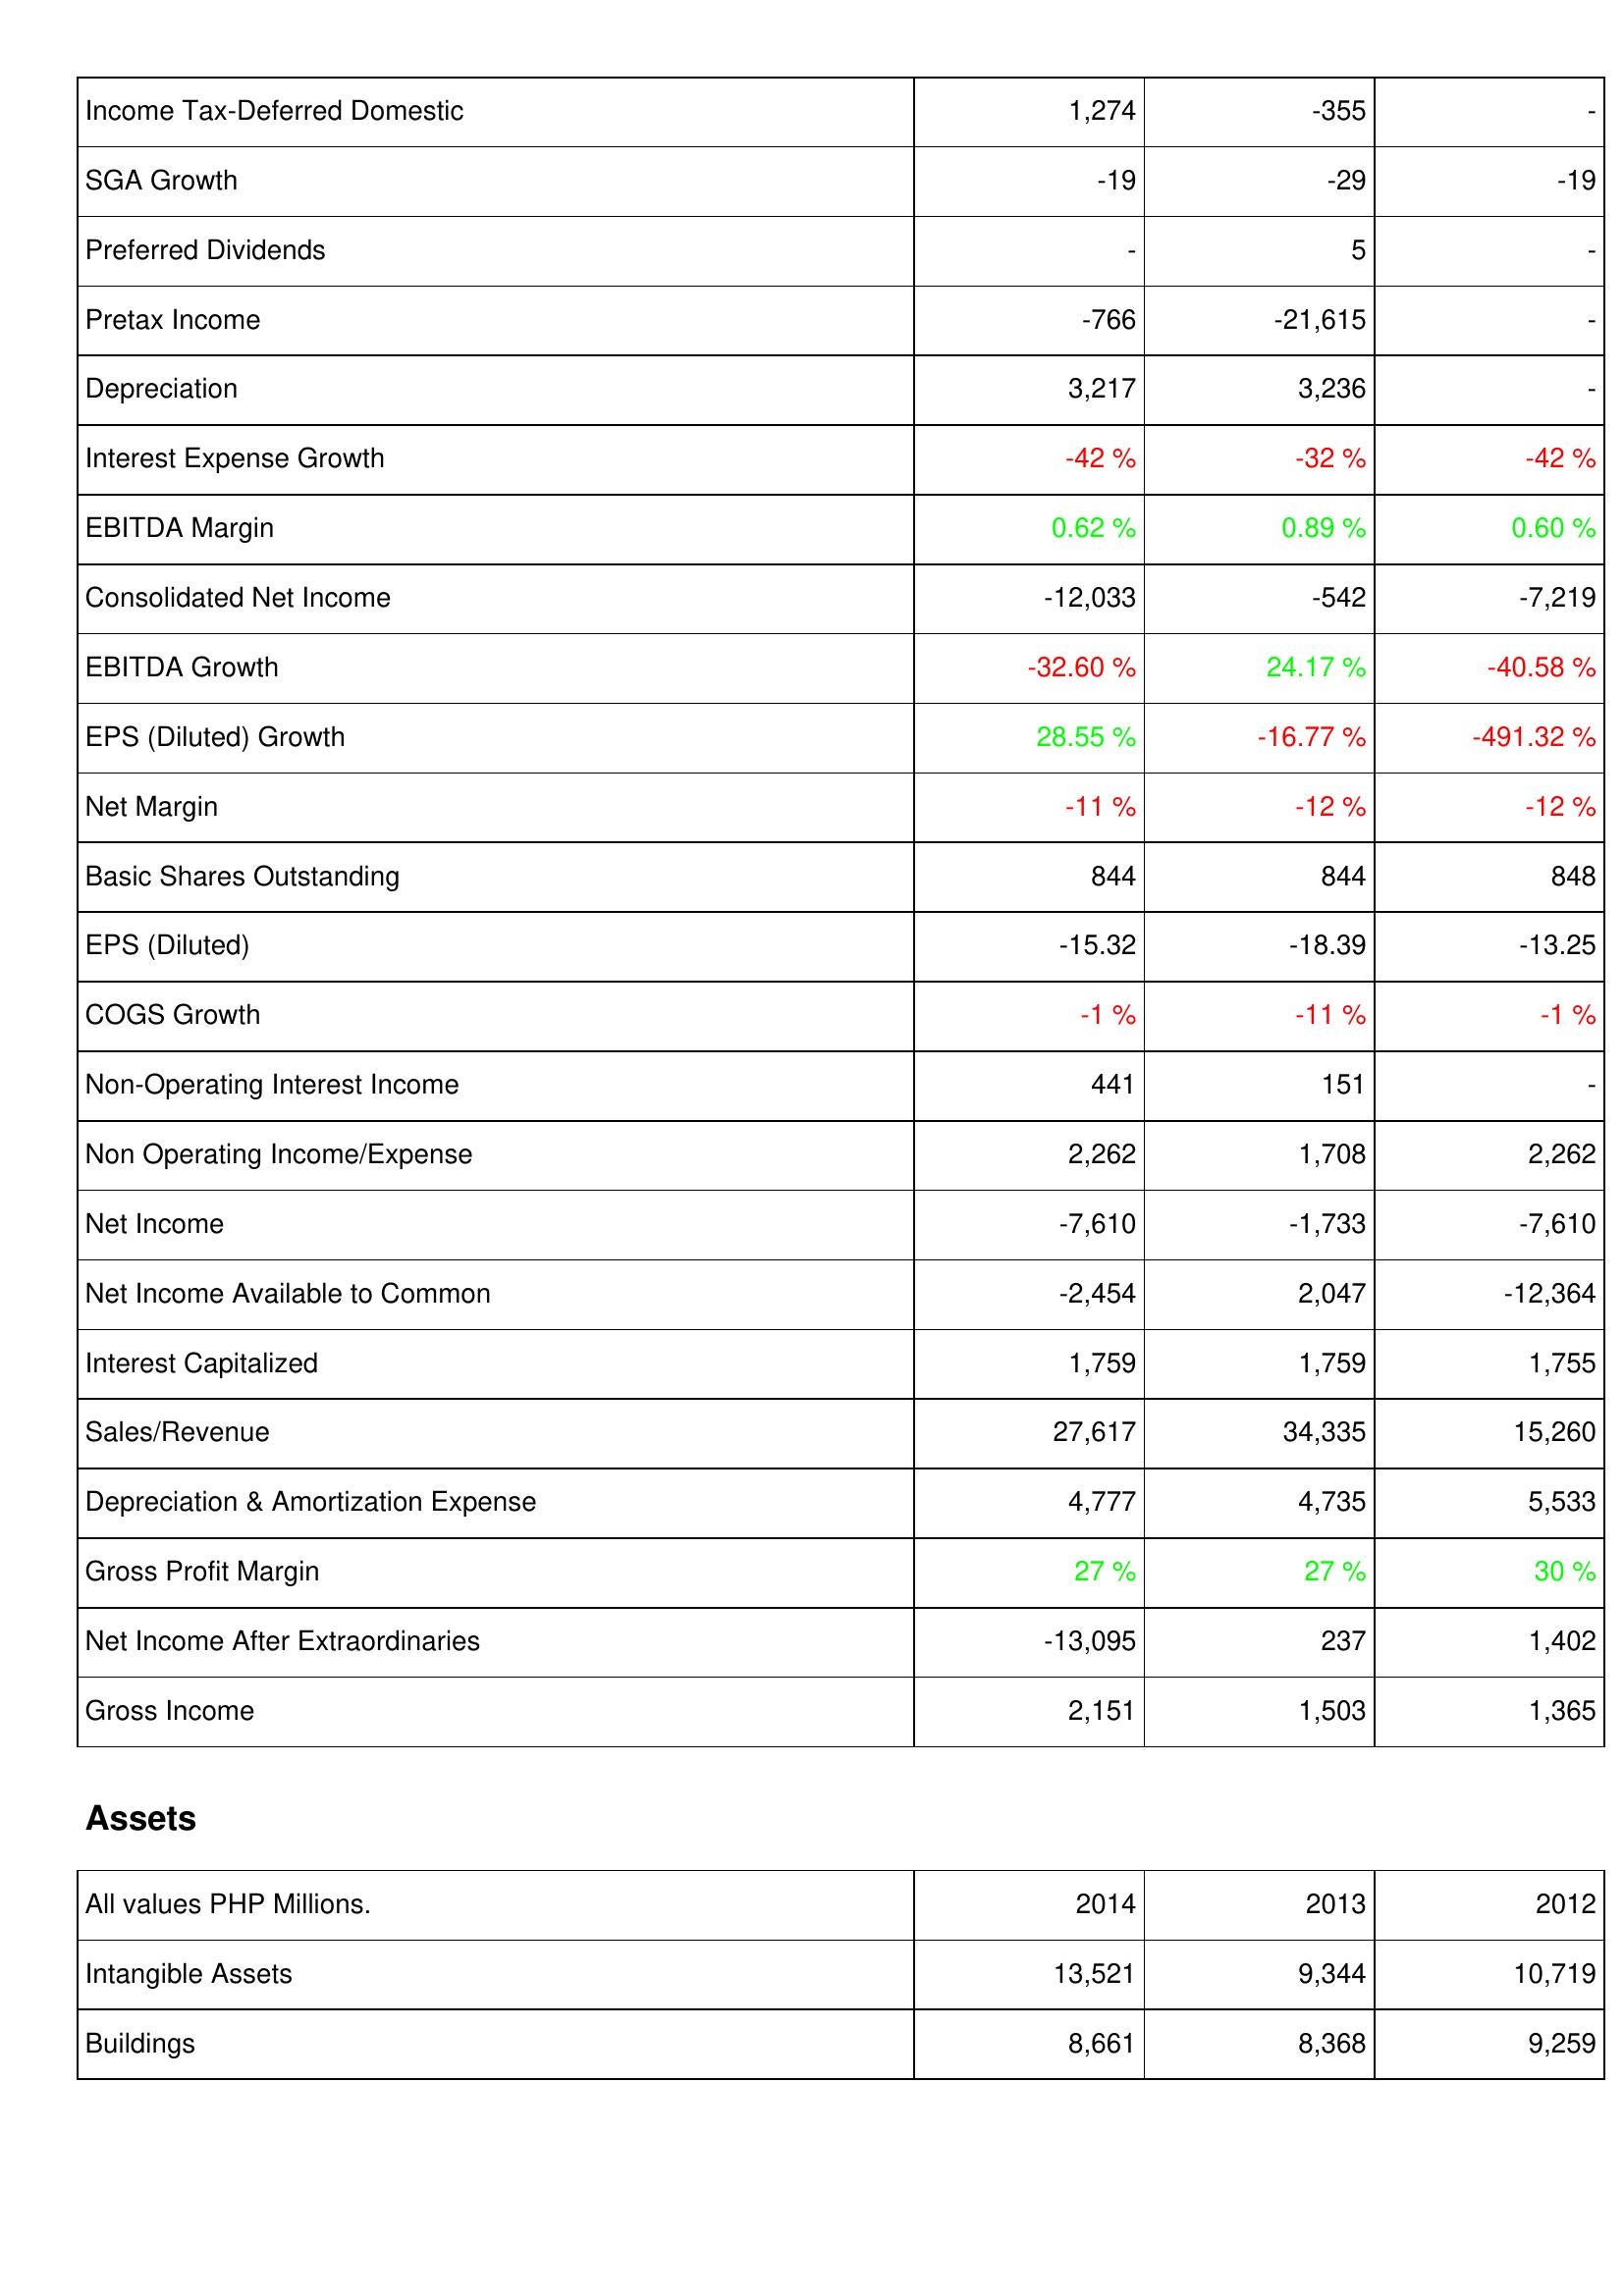
2014: Income Statement: Income Tax-Deferred Domestic: 1,274
SGA Growth: -19
Preferred Dividends: -
Pretax Income: -766
Depreciation: 3,217
Interest Expense Growth: -42 %
EBITDA Margin: 0.62 %
Consolidated Net Income: -12,033
EBITDA Growth: -32.60 %
EPS (Diluted) Growth: 28.55 %
Net Margin: -11 %
Basic Shares Outstanding: 844
EPS (Diluted): -15.32
COGS Growth: -1 %
Non-Operating Interest Income: 441
Non Operating Income/Expense: 2,262
Net Income: -7,610
Net Income Available to Common: -2,454
Interest Capitalized: 1,759
Sales/Revenue: 27,617
Depreciation & Amortization Expense: 4,777
Gross Profit Margin: 27 %
Net Income After Extraordinaries: -13,095
Gross Income: 2,151
Assets: Intangible Assets: 13,521
Buildings: 8,661
2013: Income Statement: Income Tax-Deferred Domestic: -355
SGA Growth: -29
Preferred Dividends: 5
Pretax Income: -21,615
Depreciation: 3,236
Interest Expense Growth: -32 %
EBITDA Margin: 0.89 %
Consolidated Net Income: -542
EBITDA Growth: 24.17 %
EPS (Diluted) Growth: -16.77 %
Net Margin: -12 %
Basic Shares Outstanding: 844
EPS (Diluted): -18.39
COGS Growth: -11 %
Non-Operating Interest Income: 151
Non Operating Income/Expense: 1,708
Net Income: -1,733
Net Income Available to Common: 2,047
Interest Capitalized: 1,759
Sales/Revenue: 34,335
Depreciation & Amortization Expense: 4,735
Gross Profit Margin: 27 %
Net Income After Extraordinaries: 237
Gross Income: 1,503
Assets: Intangible Assets: 9,344
Buildings: 8,368
2012: Income Statement: Income Tax-Deferred Domestic: -
SGA Growth: -19
Preferred Dividends: -
Pretax Income: -
Depreciation: -
Interest Expense Growth: -42 %
EBITDA Margin: 0.60 %
Consolidated Net Income: -7,219
EBITDA Growth: -40.58 %
EPS (Diluted) Growth: -491.32 %
Net Margin: -12 %
Basic Shares Outstanding: 848
EPS (Diluted): -13.25
COGS Growth: -1 %
Non-Operating Interest Income: -
Non Operating Income/Expense: 2,262
Net Income: -7,610
Net Income Available to Common: -12,364
Interest Capitalized: 1,755
Sales/Revenue: 15,260
Depreciation & Amortization Expense: 5,533
Gross Profit Margin: 30 %
Net Income After Extraordinaries: 1,402
Gross Income: 1,365
Assets: Intangible Assets: 10,719
Buildings: 9,259